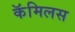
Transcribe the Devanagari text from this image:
कॅमिलस